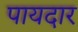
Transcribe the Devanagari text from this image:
पायदार